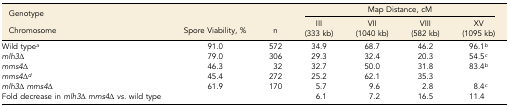
| Genotype |  |  | <COLSPAN=4> Map Distance, cM |
 | Chromosome | Spore Viability, % | n | III (333 kb) | VII (1040 kb) | VIII (582 kb) | XV (1095 kb) |
 | --- | --- | --- | --- | --- | --- | --- |
 | Wild typea | 91.0 | 572 | 34.9 | 68.7 | 46.2 | 96.1b |
 | mlh3Δ | 79.0 | 306 | 29.3 | 32.4 | 20.3 | 54.5c |
 | mms4Δ | 46.3 | 32 | 32.7 | 50.0 | 31.8 | 83.4b |
 | mms4Δd | 45.4 | 272 | 25.2 | 62.1 | 35.3 |  |
 | mlh3Δ mms4Δ | 61.9 | 170 | 5.7 | 9.6 | 2.8 | 8.4c |
 | Fold decrease in mlh3Δ mms4Δ vs. wild type |  |  | 6.1 | 7.2 | 16.5 | 11.4 |